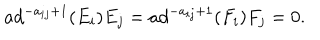
a d ^ { - a _ { i j } + 1 } ( E _ { i } ) E _ { j } = a d ^ { - a _ { i j } + 1 } ( F _ { i } ) F _ { j } = 0 .